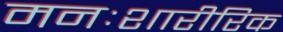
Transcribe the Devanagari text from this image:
मनःशारीरिक